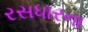
રસધારના